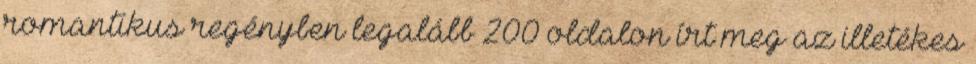
romantikus regényben legalább 200 oldalon írt meg az illetékes